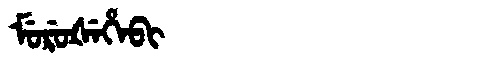
Manchu: ᠮᡠᡵᡠᡧᡝᡥᡝᠪᡳ
Romanization: MURUŠEHEBI